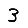
Digit: 3